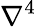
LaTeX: \nabla^{4}